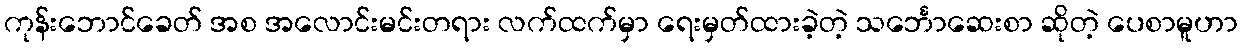
ကုန်းဘောင်ခေတ် အစ အလောင်းမင်းတရား လက်ထက်မှာ ရေးမှတ်ထားခဲ့တဲ့ သင်္ဘောဆေးစာ ဆိုတဲ့ ပေစာမူဟာ